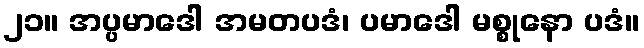
၂၁။ အပ္ပမာဒေါ အမတပဒံ၊ ပမာဒေါ မစ္စုနော ပဒံ။